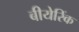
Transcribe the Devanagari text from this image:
बीयेरिंक